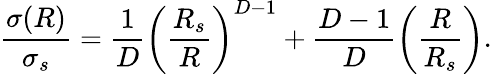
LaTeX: \frac{\sigma(R)}{\sigma_{s}}=\frac{1}{D}{\left(\frac{R_{s}}{R}\right)}^{D-1}+\frac{D-1}{D}\left(\frac{R}{R_{s}}\right).